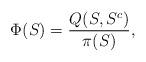
LaTeX: \begin{align*} \Phi(S) = \frac{Q(S, S^c)}{\pi(S)},\end{align*}